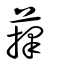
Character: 蘀